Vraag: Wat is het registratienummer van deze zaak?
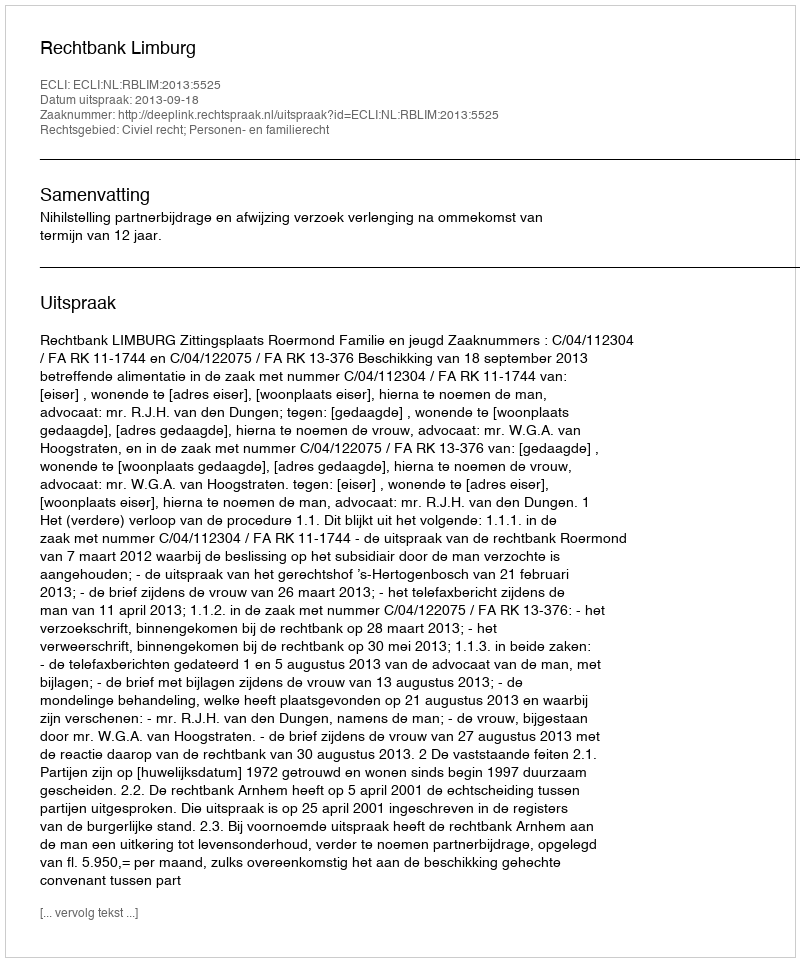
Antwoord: http://deeplink.rechtspraak.nl/uitspraak?id=ECLI:NL:RBLIM:2013:5525